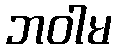
ဘဝါမ